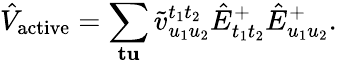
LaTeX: \hat{V}_{\mathrm{active}}=\sum_{\mathbf{t}\mathbf{u}}\tilde{v}_{u_{1}u_{2}}^{t_{1}t_{2}}\hat{E}_{t_{1}t_{2}}^{+}\hat{E}_{u_{1}u_{2}}^{+}.